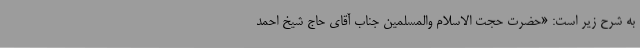
به شرح زیر است: «حضرت حجت الاسلام والمسلمین جناب آقای حاج شیخ احمد